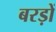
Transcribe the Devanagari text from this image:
बरड़ों